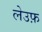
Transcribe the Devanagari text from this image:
लेउफ़